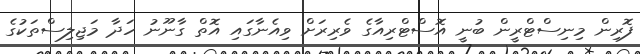
ފޮރިން މިނިސްޓްރީން ބުނީ އޮސްޓްރިއާގެ ވެރިރަށް ވިއެނާގައި އޮތް ގާނޫނު ހަދާ މަޖިލިސްތަކުގެ